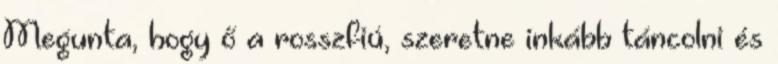
Megunta, hogy ő a rosszfiú, szeretne inkább táncolni és